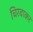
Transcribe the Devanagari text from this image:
चिरवाकर